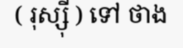
( រុស្ស៊ី ) ទៅ ថាង